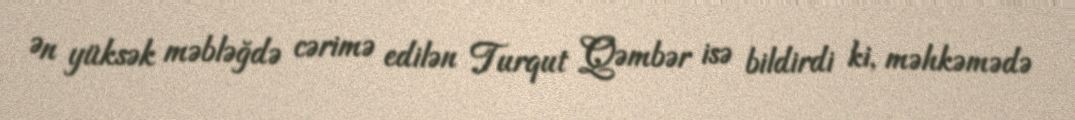
Ən yüksək məbləğdə cərimə edilən Turqut Qəmbər isə bildirdi ki, məhkəmədə